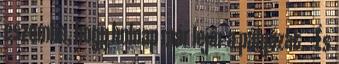
eszembe, hogy holnap már lejár a pályázat. - És